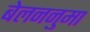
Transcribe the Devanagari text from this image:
बेलननुमा